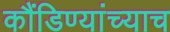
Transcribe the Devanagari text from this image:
कौंडिण्यांच्याच